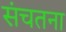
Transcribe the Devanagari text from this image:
संचतना